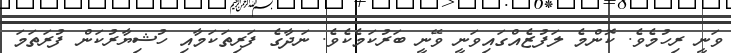
ވަނީ ރިހުމެވެ. ކޮންމެ ލަފުޒެއްގައިވަނީ ވޭނީ ބަރުކަމެކެވެ. ނަދާގެ ފަރިތަކަމާއި ހުޝިޔާރުކަން ފުރަތަމަ